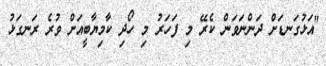
"އަޅުގަނޑަށް ދަންނަވަން ކެރޭ މި ފަހަރު މި ހޯދި ކާމިޔާބީއަށް ވުރެ ރަނގަޅު